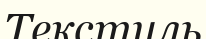
Текстиль